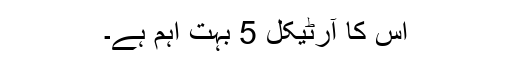
اس کا آرٹیکل 5 بہت اہم ہے۔